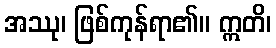
အဿု၊ ဖြစ်ကုန်ရာ၏။ ဣတိ၊